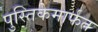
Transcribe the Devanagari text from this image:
पुस्तिकेमार्फत